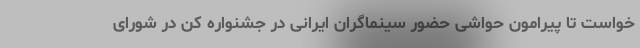
خواست تا پیرامون حواشی حضور سینماگران ایرانی در جشنواره کن در شورای